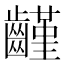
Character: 𪙟